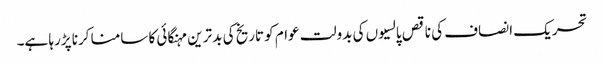
تحریک انصاف کی ناقص پالسیوں کی بدولت عوام کو تاریخ کی بد ترین مہنگائی کا سامنا کرنا پڑرہا ہے۔